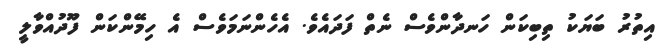
އިތުރު ބަޔަކު ތިބިކަން ހަނދާންވެސް ނެތް ފަދައެވެ. އެހެންނަމަވެސް އެ ހިމޭންކަން ފޫދުއްވާލީ